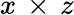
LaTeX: x\, \times\, z